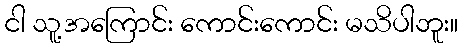
ငါ သူ့အကြောင်း ကောင်းကောင်း မသိပါဘူး။